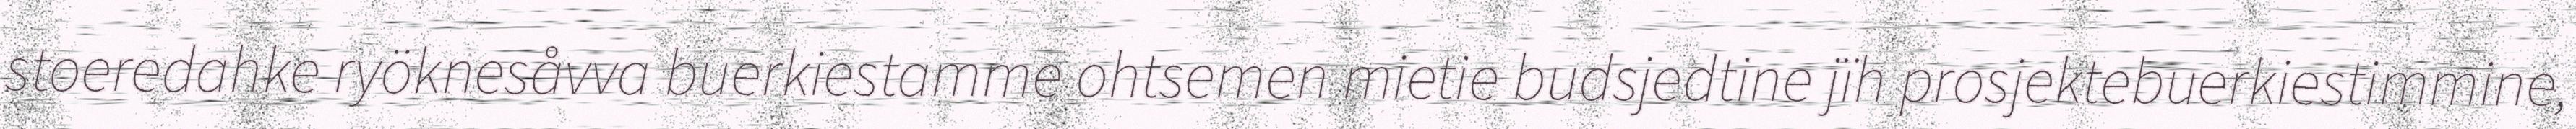
stoeredahke ryöknesåvva buerkiestamme ohtsemen mietie budsjedtine jïh prosjektebuerkiestimmine,